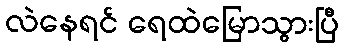
လဲနေရင် ရေထဲမြောသွားပြီ